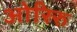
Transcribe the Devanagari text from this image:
ओरिरु